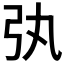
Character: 𢎫